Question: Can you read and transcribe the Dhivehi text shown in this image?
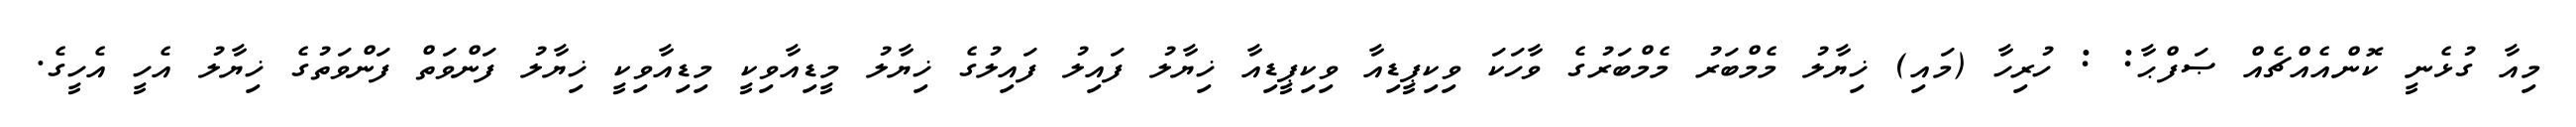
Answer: މިއާ ގުޅެނީ ކޮންއެއްޗެއް ޞަފްޙާ: : ހުރިހާ (މައި) ޚިޔާލު މެމްބަރު މެމްބަރުގެ ވާހަކަ ވިކިޕީޑިއާ ވިކިޕީޑިއާ ޚިޔާލު ފައިލު ފައިލުގެ ޚިޔާލު މީޑިއާވިކީ މިޑިއާވިކީ ޚިޔާލު ފަންވަތް ފަންވަތުގެ ޚިޔާލު އެހީ އެހީގެ.